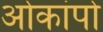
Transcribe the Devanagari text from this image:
ओकांपो